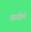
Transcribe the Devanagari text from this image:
ठरवीले